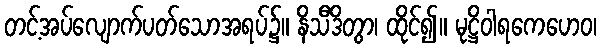
တင့်အပ်လျောက်ပတ်သောအရပ်၌။ နိသီဒိတွာ၊ ထိုင်၍။ မုဋ္ဌိဝါရကေဟေဝ၊